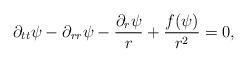
LaTeX: \begin{align*}\partial_{tt}\psi-\partial_{rr}\psi-\frac{\partial_r\psi}{r}+\frac{f(\psi)}{r^2}=0,\end{align*}